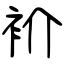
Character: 衸